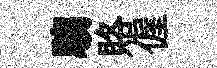
騶賂偓